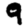
Digit: 9